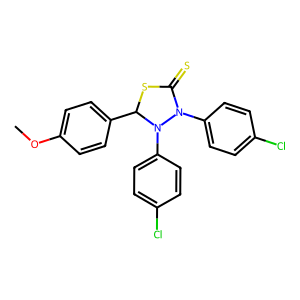
SMILES: COc1ccc(C2SC(=S)N(c3ccc(Cl)cc3)N2c2ccc(Cl)cc2)cc1
Inhibits HIV replication: No